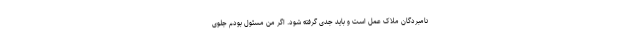
نامبردگان ملاک عمل است و باید جدی گرفته شود. اگر من مسئول بودم جلوی